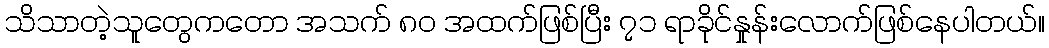
သိသာတဲ့သူတွေကတော အသက် ၈၀ အထက်ဖြစ်ပြီး ၇၁ ရာခိုင်နှုန်းလောက်ဖြစ်နေပါတယ်။